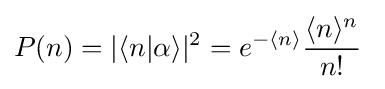
P(n)=|\langle n|\alpha \rangle |^{2}=e^{-\langle n\rangle }{\frac {\langle n\rangle ^{n}}{n!}}~